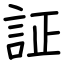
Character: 証